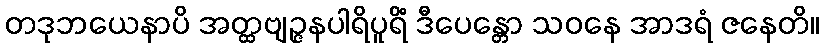
တဒုဘယေနာပိ အတ္ထဗျဉ္ဇနပါရိပူရိံ ဒီပေန္တော သဝနေ အာဒရံ ဇနေတိ။